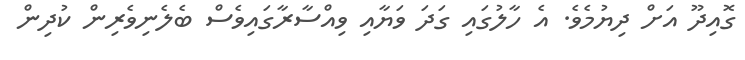
ގޮއިދޫ އަށް ދިޔުމެވެ. އެ ހާލުގައި ގަދަ ވަޔާއި ވިއްސާރާގައިވެސް ބެލެނިވެރިން ކުދިން